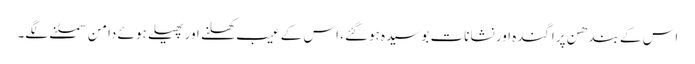
اس کے بندھن پراگندہ اور نشانات بوسیدہ ہوگئے، اس کے عیب کھلنے اور پھیلے ہوئے دامن سمٹنے لگے۔